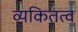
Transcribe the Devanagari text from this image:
व्यकितत्व